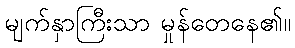
မျက်နှာကြီးသာ မှုန်တေနေ၏။